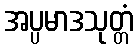
အပ္ပမာဒသုတ္တံ